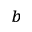
^ { b }